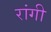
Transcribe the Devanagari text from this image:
रांगी